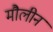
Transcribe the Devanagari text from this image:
मौलीन